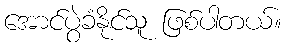
အောင်ပွဲခံနိုင်သူ ဖြစ်ပါတယ်။